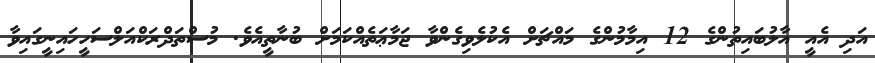
އަދި އެއީ އާލުބައިތުންގެ 12 އިމާމުންގެ މައްޗަށް އެކުލެވިގެންވާ ޖަމާޢަތެއްކަމަށް ބުނާތީއެވެ. މުސްތަދްރަކްއަލްސަހީހައިނީގައިވާ